Vaccination in Bombay 1913-1923 - 1913-1923
Year: 1913
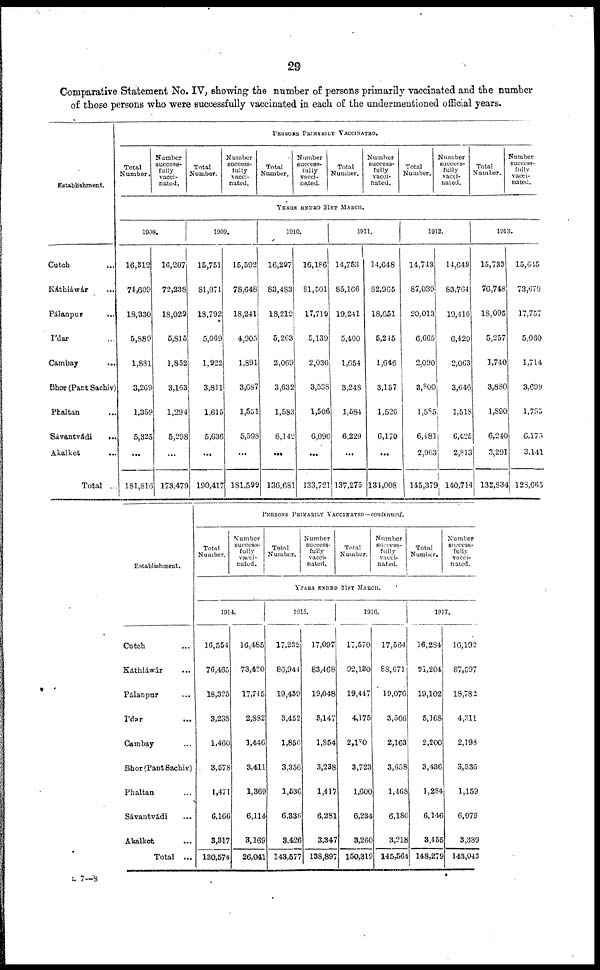
29
Comparative Statement No. IV, showing the number of persons primarily vaccinated and the number
of those persons who were successfully vaccinated in each of the undermentioned official years.
Establishment.
Cutch ...
Káthiáwár ...
Pálanpur ...
Ídar ...
Cambay ...
Bhor (Pant Sachiv)
Phaltan ...
Sávantvádi
...
Akalkot
...
Total ...
PERSONS PRIMARILY VACCINATED.
Total
Number.
Number
success-
fully
vacci-
nated.
Total
Number.
Number
success-
fully
vacci-
nated.
Total
Number.
Number
success-
fully
vacci-
nated.
Total
Number.
Number
success-
fully
vacci-
nated.
Total
Number.
Number
success-
fully
vacci-
nated.
Total
Number.
Number
success-
fully
vacci-
nated.
YEARS ENDED 31ST MARCH.
1908.
16,312
74,609
18,330
5,889
1,881
3,269
1,359
5,325
...
181,816
16,207
72,238
18,029
5,815
1,852
3,163
1,294
5,298
...
173,479
1909.
15,751
81,071
18,792
5,069
1,922
3,811
1,615
5,636
...
190,417
15,592
78,648
18,241
4,905
1,891
3,687
1,551
5,598
...
181,599
1910.
16,297
83,483
18,212
5,263
2,069
3,632
1,583
6,142
...
136,681
16,186
81,501
17,719
5,139
2,036
3,538
1,506
6,096
...
133,721
1911.
14,753
85,166
19,241
5,400
1,654
3,248
1,584
6,229
...
137,275
14,648
82,965
18,651
5,245
1,646
3,157
1,526
6,170
...
134,008
1912.
14,743
87,039
20,013
6,665
2,090
3,800
1,585
6,481
2,963
145,379
14,649
83,764
19,416
6,420
2,063
3,646
1,518
6,425
2,813
140,714
1913.
15,733
76,748
18,095
5,257
1,740
3,880
1,890
6,240
3,291
132,834
15,645
73,679
17,757
5,060
1,714
3,699
1,795
6,175
3,141
128,665
Establishment.
Cutch ...
Káthiáwár ...
Pálanpur ...
Ídar ...
Cambay ...
Bhor(Pant Sachiv)
Phaltan ...
Sávantvádi ...
Akalkot ...
Total ...
PERSONS PRIMARILY VACCINATED—continued.
Total
Number.
Number
success-
fully
vacci-
nated.
Total
Number.
Number
success-
fully
vacci-
nated.
Total
Number.
Number
success-
fully
vacci-
nated.
Total
Number.
Number
success-
fully
vacci-
nated.
YEARS ENDED 31ST MARCH.
1914.
16,554
76,465
18,325
3,238
1,460
3,578
1,471
6,166
3,317
130,574
16,485
73,420
17,745
2,882
1,446
3,411
1,369
6,114
3,169
26,041
1915.
17,232
86,944
19,439
3,452
1,856
3,356
1,536
6,336
3,426
143,577
17,097
83,468
19,048
3,147
1,854
3,238
1,417
6,281
3,347
138,897
1916.
17,570
92,130
19,447
4,175
2,180
3,723
1,600
6,234
3,260
150,319
17,564
88,671
19,076
3,566
2,163
3,658
1,468
6,180
3,218
145,564
1917.
16,284
91,204
19,102
5,168
2,200
3,436
1,284
6,146
3,455
148,279
16,192
87,597
18,782
4,311
2,193
3,336
1,159
6,079
3,389
143,043
L 7—8